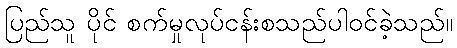
ပြည်သူ ပိုင် စက်မှုလုပ်ငန်းစသည်ပါဝင်ခဲ့သည်။